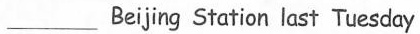
___ Beijing Station last Tuesday